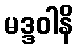
မဒ္ဒဝါနိ